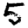
Digit: 5